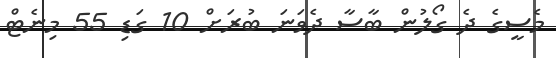
މެސީގެ ދެ ގޯލުން ބާސާ ދެވަނަ ބުރަށް 10 ގަޑި 55 މިނެޓް